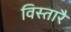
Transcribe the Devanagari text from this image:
विस्तारै